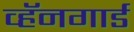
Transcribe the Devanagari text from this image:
व्हॅनगार्ड